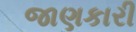
જાણકારી